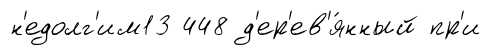
н'едолг'им13 448 д'ер'ев'я́нный пр'и